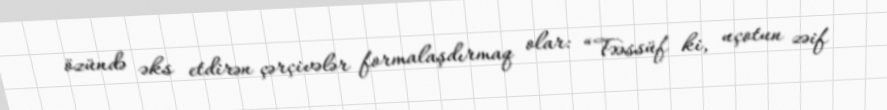
özündə əks etdirən çərçivələr formalaşdırmaq olar: “Təəssüf ki, uçotun zəif